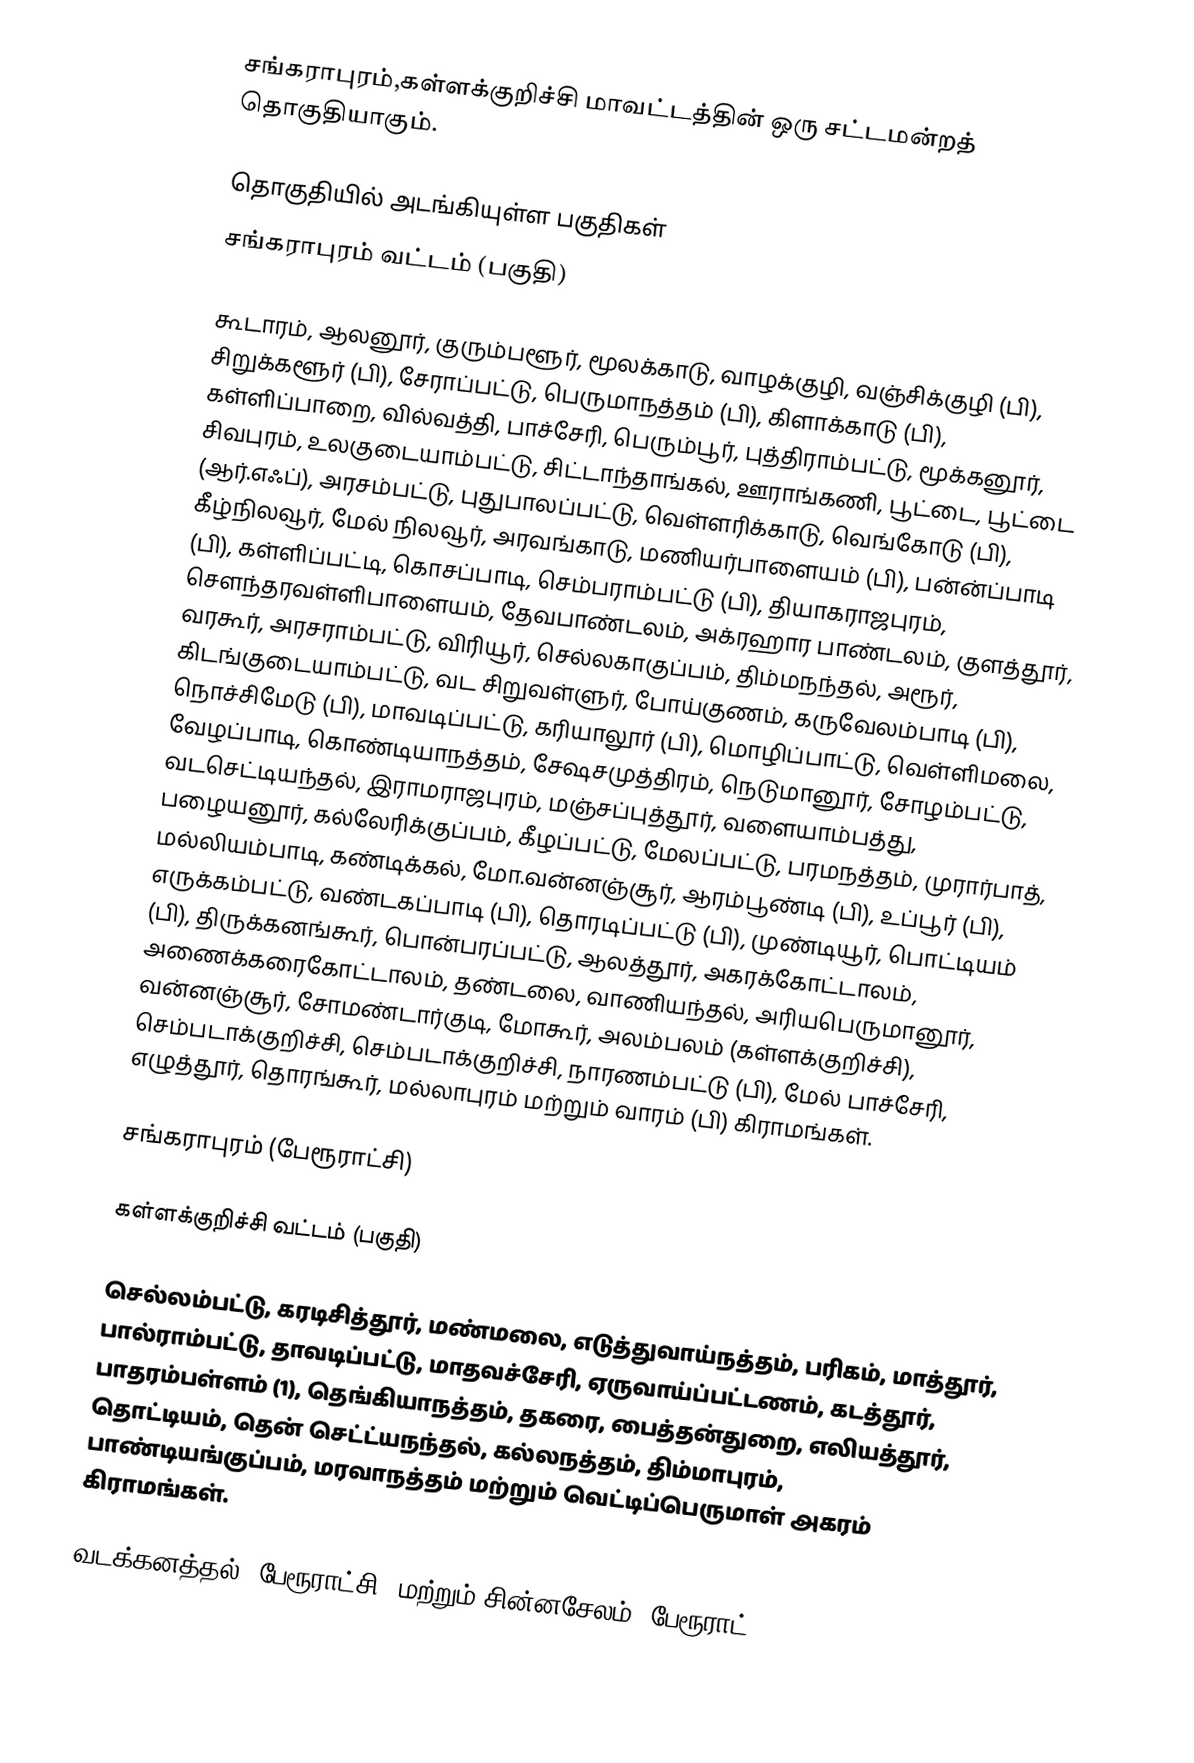
சங்கராபுரம்,கள்ளக்குறிச்சி மாவட்டத்தின் ஒரு சட்டமன்றத் தொகுதியாகும்.

தொகுதியில் அடங்கியுள்ள பகுதிகள்
 சங்கராபுரம் வட்டம் (பகுதி)

கூடாரம், ஆலனூர், குரும்பளூர், மூலக்காடு, வாழக்குழி, வஞ்சிக்குழி (பி), சிறுக்களூர் (பி), சேராப்பட்டு, பெருமாநத்தம் (பி), கிளாக்காடு (பி), கள்ளிப்பாறை, வில்வத்தி, பாச்சேரி, பெரும்பூர், புத்திராம்பட்டு, மூக்கனூர், சிவபுரம், உலகுடையாம்பட்டு, சிட்டாந்தாங்கல், ஊராங்கணி, பூட்டை, பூட்டை (ஆர்.எஃப்), அரசம்பட்டு, புதுபாலப்பட்டு, வெள்ளரிக்காடு, வெங்கோடு (பி), கீழ்நிலவூர், மேல் நிலவூர், அரவங்காடு, மணியர்பாளையம் (பி), பன்ன்ப்பாடி (பி), கள்ளிப்பட்டி, கொசப்பாடி, செம்பராம்பட்டு (பி), தியாகராஜபுரம், சௌந்தரவள்ளிபாளையம், தேவபாண்டலம், அக்ரஹார பாண்டலம், குளத்தூர், வரகூர், அரசராம்பட்டு, விரியூர், செல்லகாகுப்பம், திம்மநந்தல், அரூர், கிடங்குடையாம்பட்டு, வட சிறுவள்ளுர், போய்குணம், கருவேலம்பாடி (பி), நொச்சிமேடு (பி), மாவடிப்பட்டு, கரியாலூர் (பி), மொழிப்பாட்டு, வெள்ளிமலை, வேழப்பாடி, கொண்டியாநத்தம், சேஷசமுத்திரம், நெடுமானூர், சோழம்பட்டு, வடசெட்டியந்தல், இராமராஜபுரம், மஞ்சப்புத்தூர், வளையாம்பத்து, பழையனூர், கல்லேரிக்குப்பம், கீழப்பட்டு, மேலப்பட்டு, பரமநத்தம், முரார்பாத், மல்லியம்பாடி, கண்டிக்கல், மோ.வன்னஞ்சூர், ஆரம்பூண்டி (பி), உப்பூர் (பி), எருக்கம்பட்டு, வண்டகப்பாடி (பி), தொரடிப்பட்டு (பி), முண்டியூர், பொட்டியம் (பி), திருக்கனங்கூர், பொன்பரப்பட்டு, ஆலத்தூர், அகரக்கோட்டாலம், அணைக்கரைகோட்டாலம், தண்டலை, வாணியந்தல், அரியபெருமானூர், வன்னஞ்சூர், சோமண்டார்குடி, மோகூர், அலம்பலம் (கள்ளக்குறிச்சி), செம்படாக்குறிச்சி, செம்படாக்குறிச்சி, நாரணம்பட்டு (பி), மேல் பாச்சேரி, எழுத்தூர், தொரங்கூர், மல்லாபுரம் மற்றும் வாரம் (பி) கிராமங்கள்.

சங்கராபுரம் (பேரூராட்சி)

கள்ளக்குறிச்சி வட்டம் (பகுதி)

செல்லம்பட்டு, கரடிசித்தூர், மண்மலை, எடுத்துவாய்நத்தம், பரிகம், மாத்தூர், பால்ராம்பட்டு, தாவடிப்பட்டு, மாதவச்சேரி, ஏருவாய்ப்பட்டணம், கடத்தூர், பாதரம்பள்ளம் (1), தெங்கியாநத்தம், தகரை, பைத்தன்துறை, எலியத்தூர், தொட்டியம், தென் செட்ட்யநந்தல், கல்லநத்தம், திம்மாபுரம், பாண்டியங்குப்பம், மரவாநத்தம் மற்றும் வெட்டிப்பெருமாள் அகரம் கிராமங்கள்.

வடக்கனத்தல் (பேரூராட்சி) மற்றும் சின்னசேலம் (பேரூராட்